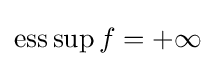
\operatorname {ess} \sup f=+\infty